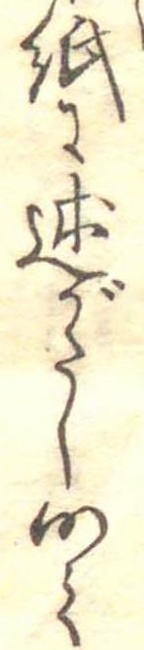
紙に述がたしつて